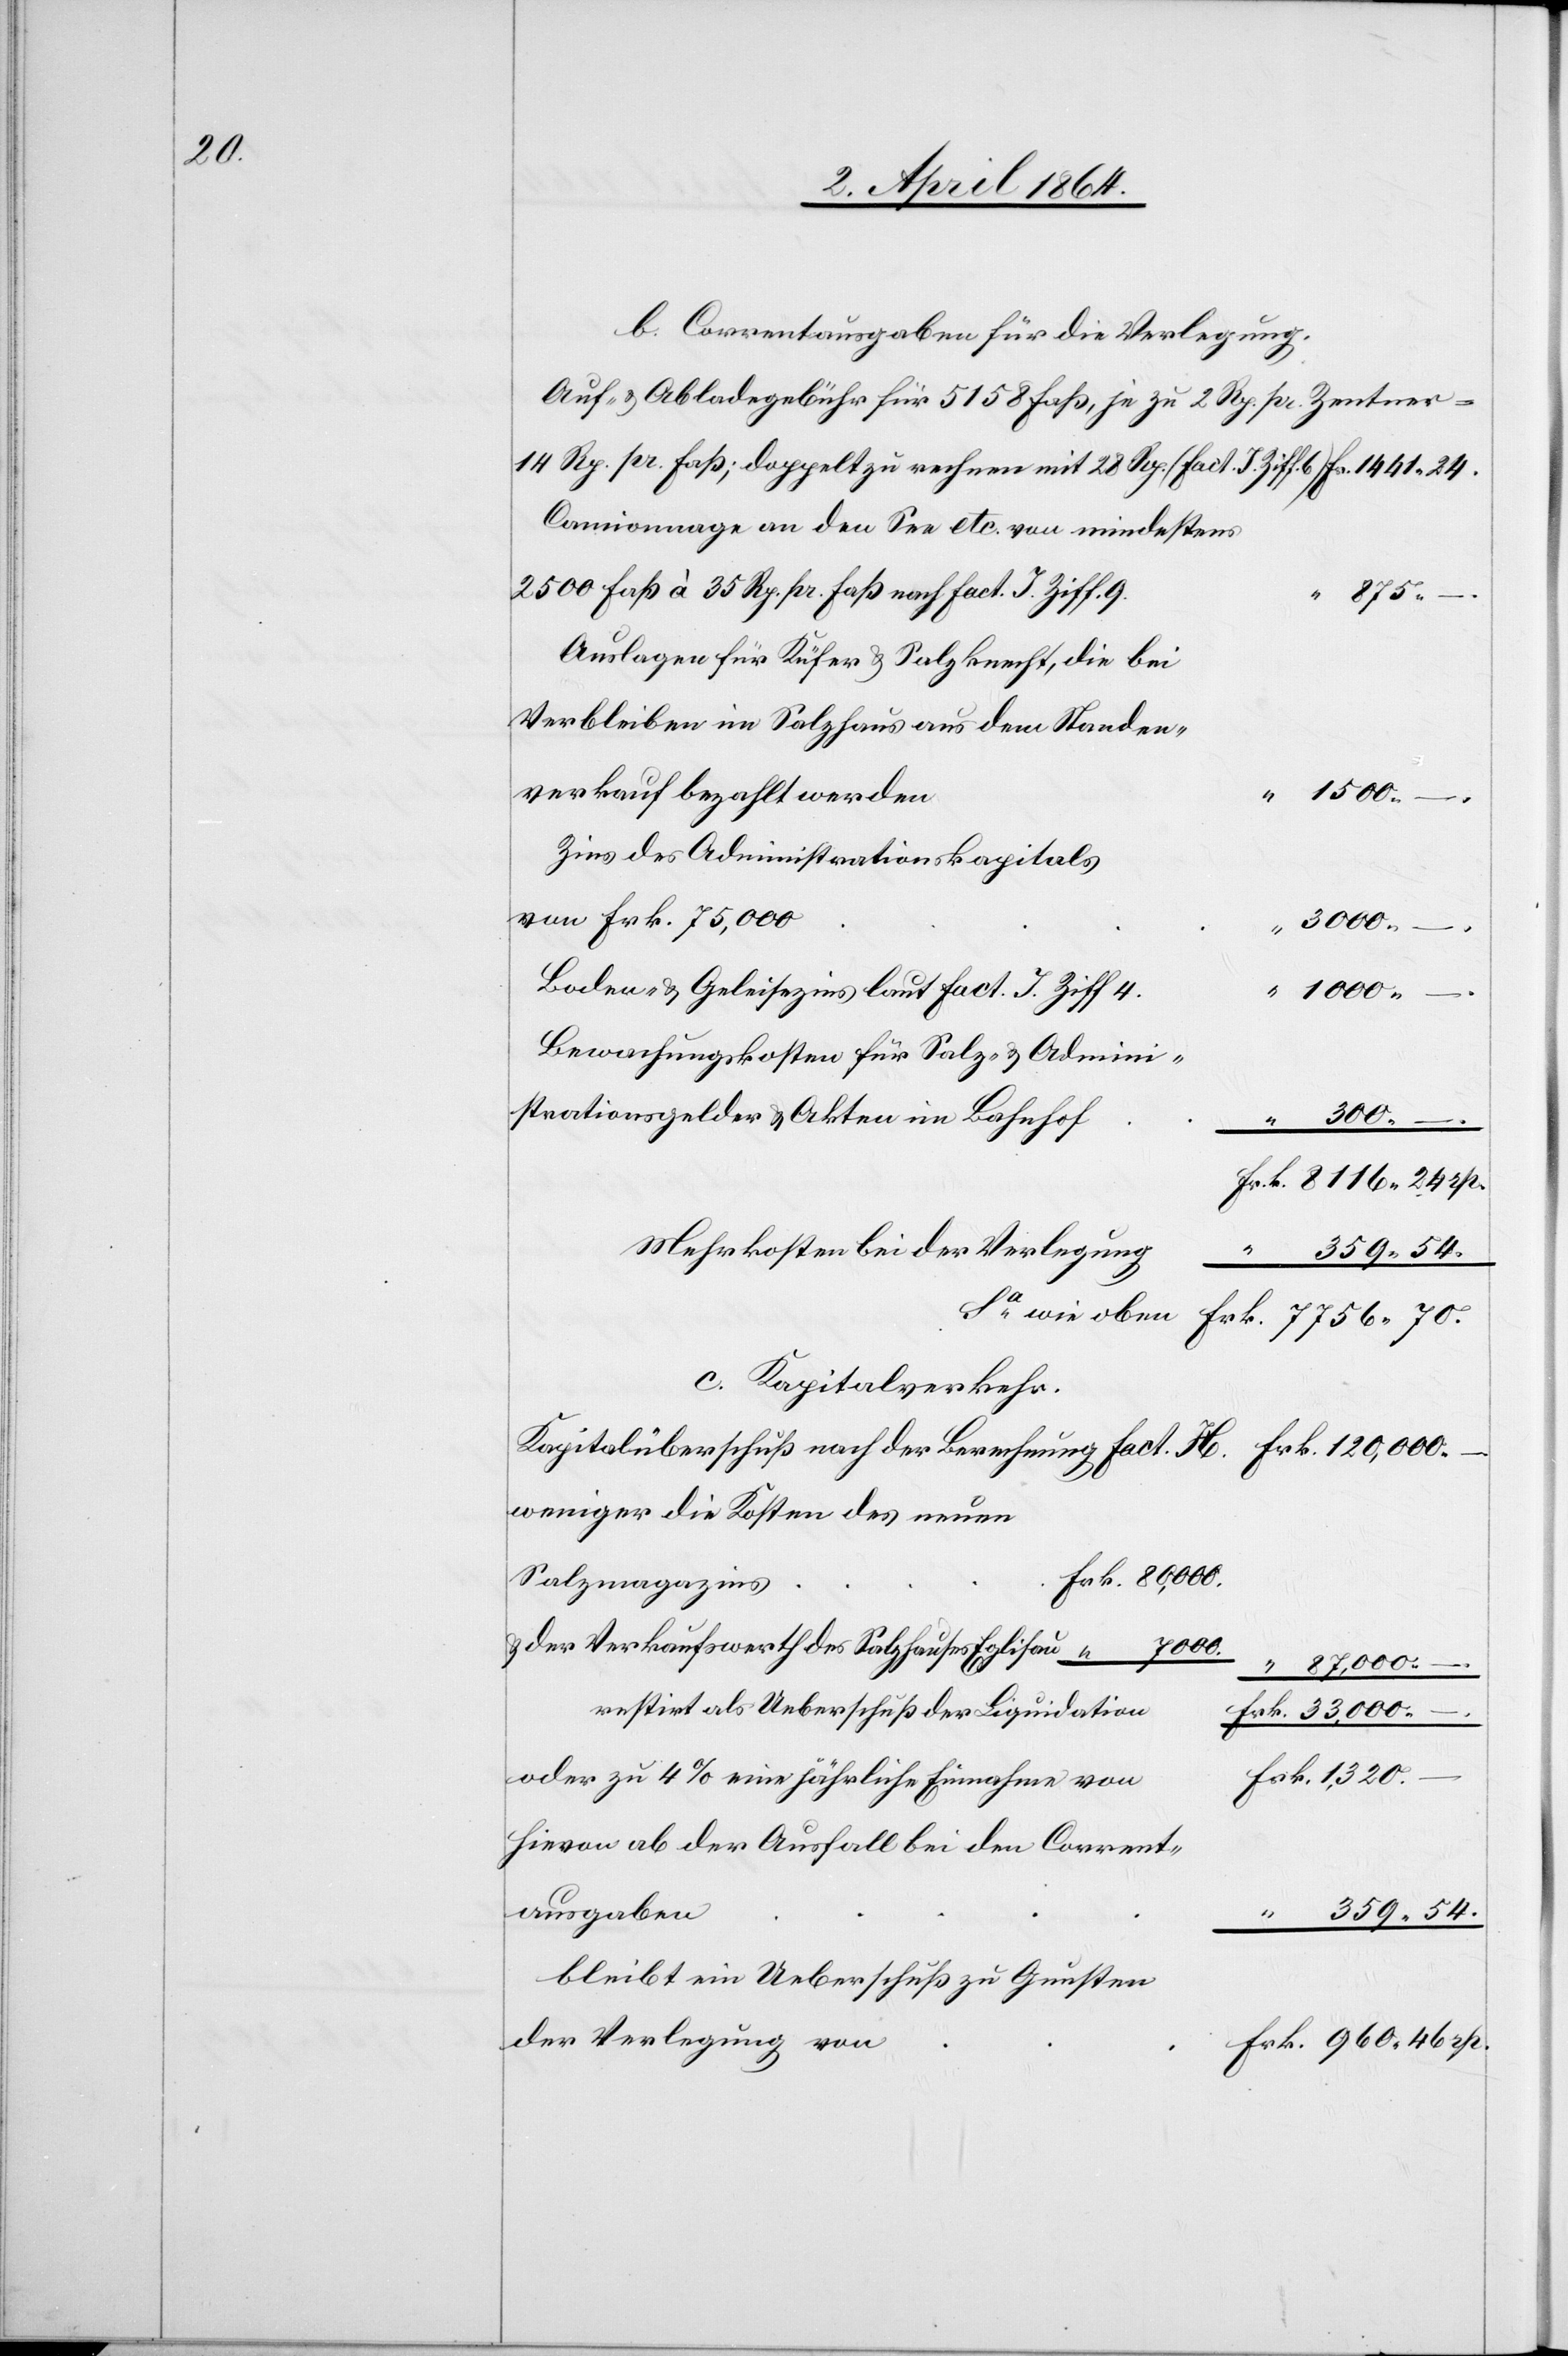
b. Correntausgaben für die Verlegung
Auf- u. Abladegebühr für 5158 Faß, je zu 2 Rp. pr. Zentner
14 Rp. pr. Faß; doppelt zu rechnen mit 28 Rp. (fact. I. Ziff. 6.)			Fr. 1441
Camionnage an den See etc. von mindestens
2500 Faß à 35 Rp. pr. Faß nach fact. I. Ziff.
“ 875
Auslagen für Küfer u. Salzknecht, die bei
Verbleiben im Salzhaus aus dem Standenv¬
“ 1500
wie
Zins des Administrationskapitals
80,000.
n
Boden- u. Geleisezins laut fact. I. Ziff
“ 1000 –
Bewahrungskosten für Salz u. Admini¬
strationsgelder u. Akten im Bahnhof
300
–
Frk. 8116 24 rp.
c. Kapitalverkehr.
Kapitalüberschuß nach der Berechnung fact. H.						Frk. 120,000 –
weniger die Kosten des neuen
1,320 –
der Verkaufswerth des Salzhauses Eglisau
46
“ 87,000 –
restirt als Ueberschuß der Liquidatio¬
rk. 33,000 –
oder zu 4% eine jährliche Einnahme von
Hievon ab der Ausfall bei den Corrent¬
ausgabe¬
359 54
bleibt ein Ueberschuß zu Gunsten
der Verlegung von